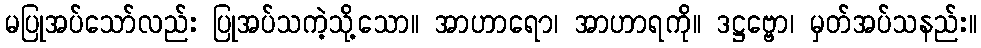
မပြုအပ်သော်လည်း ပြုအပ်သကဲ့သို့သော။ အာဟာရော၊ အာဟာရကို။ ဒဋ္ဌဗ္ဗော၊ မှတ်အပ်သနည်း။